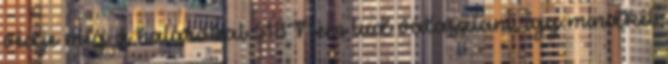
védje meg a határokat 518Nem tud választani, így mindkét